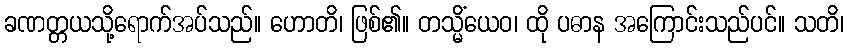
ခဏတ္တယသို့ရောက်အပ်သည်။ ဟောတိ၊ ဖြစ်၏။ တသ္မိံယေဝ၊ ထို ပဓာန အကြောင်းသည်ပင်။ သတိ၊